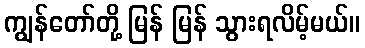
ကျွန်တော်တို့ မြန် မြန် သွားရလိမ့်မယ်။